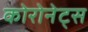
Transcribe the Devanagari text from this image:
कोरोनेट्स